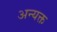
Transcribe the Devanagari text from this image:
अन्यक्त